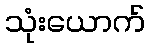
သုံးယောက်